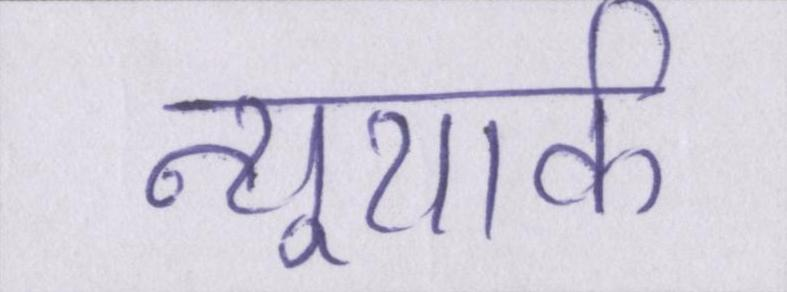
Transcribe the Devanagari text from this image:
न्यूयार्क